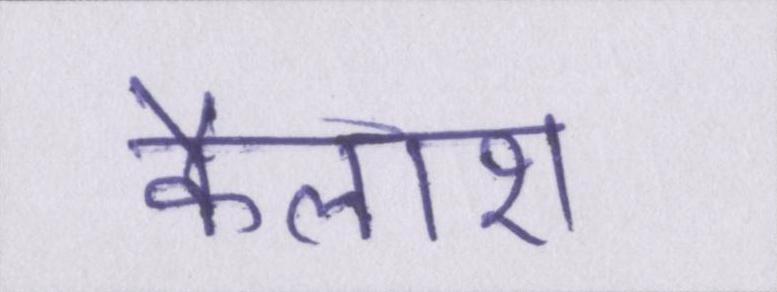
कैलाश